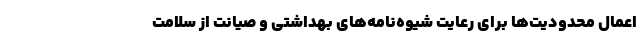
اعمال محدودیت‌ها برای رعایت شیوه‌نامه‌های بهداشتی و صیانت از سلامت